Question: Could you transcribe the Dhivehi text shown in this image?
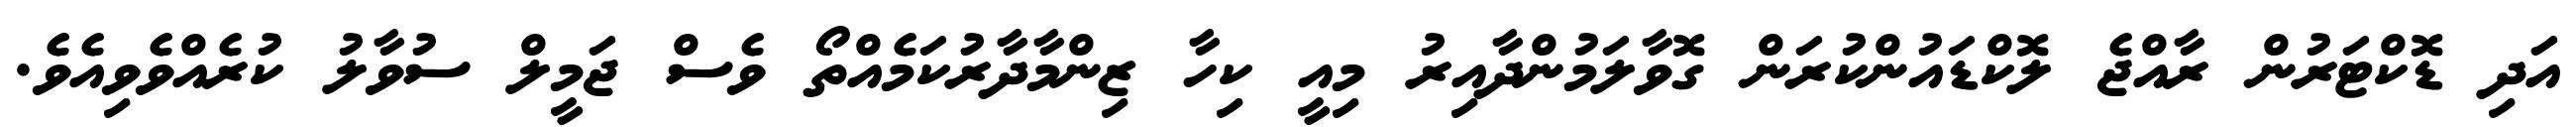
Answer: އަދި ޑޮކްޓަރުން ރާއްޖެ ލޮކްޑައުންކުރަން ގޮވާލަމުންދާއިރު މިއީ ކިހާ ޒިންމާދާރުކަމެއްތޯ ވެސް ޖަމީލް ސުވާލު ކުރެއްވެވިއެވެ.